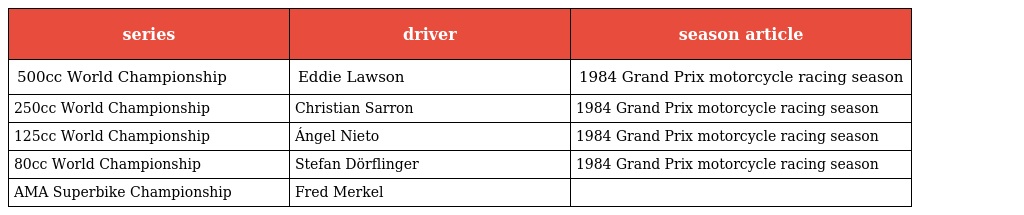
| series | driver | season article |
 | --- | --- | --- |
 | 500cc World Championship | Eddie Lawson | 1984 Grand Prix motorcycle racing season |
 | 250cc World Championship | Christian Sarron | 1984 Grand Prix motorcycle racing season |
 | 125cc World Championship | Ángel Nieto | 1984 Grand Prix motorcycle racing season |
 | 80cc World Championship | Stefan Dörflinger | 1984 Grand Prix motorcycle racing season |
 | AMA Superbike Championship | Fred Merkel |  |